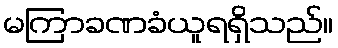
မကြာခဏခံယူရရှိသည်။